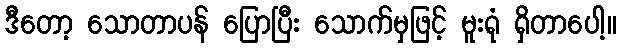
ဒီတော့ သောတာပန် ပြောပြီး သောက်မှဖြင့် မူးရုံ ရှိတာပေါ့။